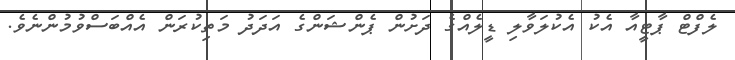
ލެފްޓް ޕާޓީއާ އެކު އެކުލަވާލި ޑީލެއްގެ ދަށުން ޕެންޝަންގެ އަދަދު މަތިކުރަން އެއްބަސްވުމުންނެވެ.